Report on vaccination North-West Frontier Province 1904-1922 - 1904-1922
Year: 1904
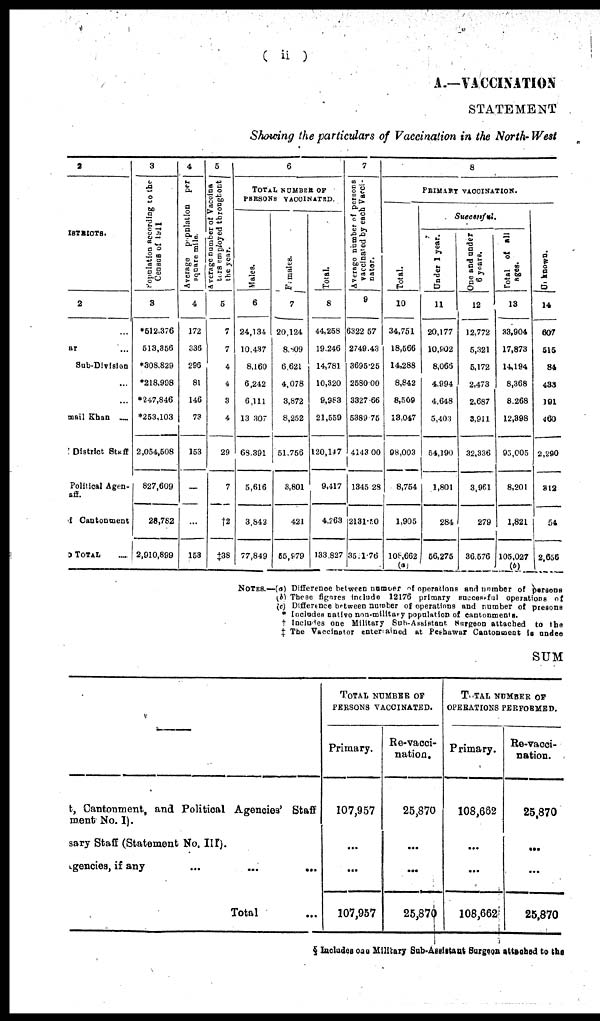
( ii )
A.—VACCINATION
STATEMENT
Showing the particulars of Vaccination in the North-West
2
ISTRICTS.
2
...
ar ...
Sub-Division
...
...
mail Khan
District Staff
Political Agen¬
aff.
I Cantonment
o TOTAL ...
3
Population according to the
Census of 1911
3
*612.376
613,356
*308,829
*218,998
*247,846
*253,103
2,054,508
827,609
28,782
2,910,899
4
Average population per
square mile.
4
172
336
296
81
146
73
153
...
...
153
5
Average number of Vaccina¬
tors employed throughout
the year.
5
7
7
4
4
3
4
29
7
†2
‡38
6
TOTAL NUMBER OF
PERSONS VACCINATED.
Males.
6
24,134
10,437
8,160
6,242
6,111
13,307
68,391
5,616
3,842
77,849
Females.
7
20,124
8,809
6,621
4,078
3,872
8,252
51,756
3,801
421
55,979
Total.
8
44,258
19,246
14,781
10,320
9,983
21,559
120,147
9,417
4,263
133,827
7
Average number of persons
vaccinated by each Vacci¬
nator.
9
6322.57
2749.43
3695.25
2580.00
3327.66
5389.75
4143.00
1345.28
2131.50
3521.76
8
PRIMARY VACCINATION.
Total.
10
34,751
18,566
14,288
8,842
8,509
13,047
98,003
8,754
1,905
108,662
(a)
Successful.
Under 1 year.
11
20,177
10,902
8,066
4,994
4,648
5,403
54,190
1,801
284
56,275
One and under
6 years.
12
12,772
5,321
5,172
2,473
2,687
3,911
32,336
3,961
279
36,576
Total of all
ages.
13
33,904
17,873
14,194
8,368
8,268
12,398
95,005
8,201
1,821
105,027
(b)
Un-known.
14
607
515
84
433
191
460
2,290
312
54
2,656
NOTES.—(a) Difference between number of operations and number of persons
(b) These figures include 12176 primary successful operations of
(c) Difference between number of operations and number of presons
* Includes native non-military population of cantonments.
† Includes one Military Sub-Assistant Surgeon attached to the
‡ The Vaccinator entertained at Peshawar Cantonment is undee
SUM
t, Cantonment, and Political Agencies' Staff
ment No. I).
sary Staff (Statement No. III).
gencies, if any ... ... ...
Total ...
TOTAL NUMBER OF
PERSONS VACCINATED.
Primary.
107,957
...
...
107,957
Re-vacci¬
nation.
25,870
...
...
25,870
TOTAL NUMBER OF
OPERATIONS PERFORMED.
Primary.
108,662
...
...
108,662
Re-vacci¬
nation.
25,870
...
...
25,870
§ Includes one Military Sub-Assistant Surgeon attached to the